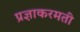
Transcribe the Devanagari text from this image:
प्रज्ञाकरमती